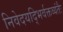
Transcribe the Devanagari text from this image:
निवेदयद्भिर्वक्तव्यंतैः